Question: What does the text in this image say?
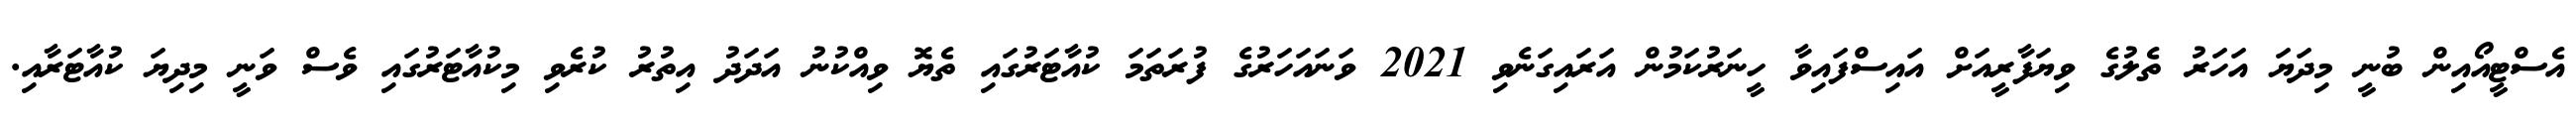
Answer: އެސްޓީއޯއިން ބުނީ މިދަޔަ އަހަރު ތެލުގެ ވިޔަފާރީއަށް އައިސްފައިވާ ހީނަރުކަމުން އަރައިގަނެވި 2021 ވަނައަހަރުގެ ފުރަތަމަ ކުއާޓަރުގައި ތެޔޮ ވިއްކުނު އަދަދު އިތުރު ކުރެވި މިކުއާޓަރުގައި ވެސް ވަނީ މިދިޔަ ކުއާޓަރާއި.